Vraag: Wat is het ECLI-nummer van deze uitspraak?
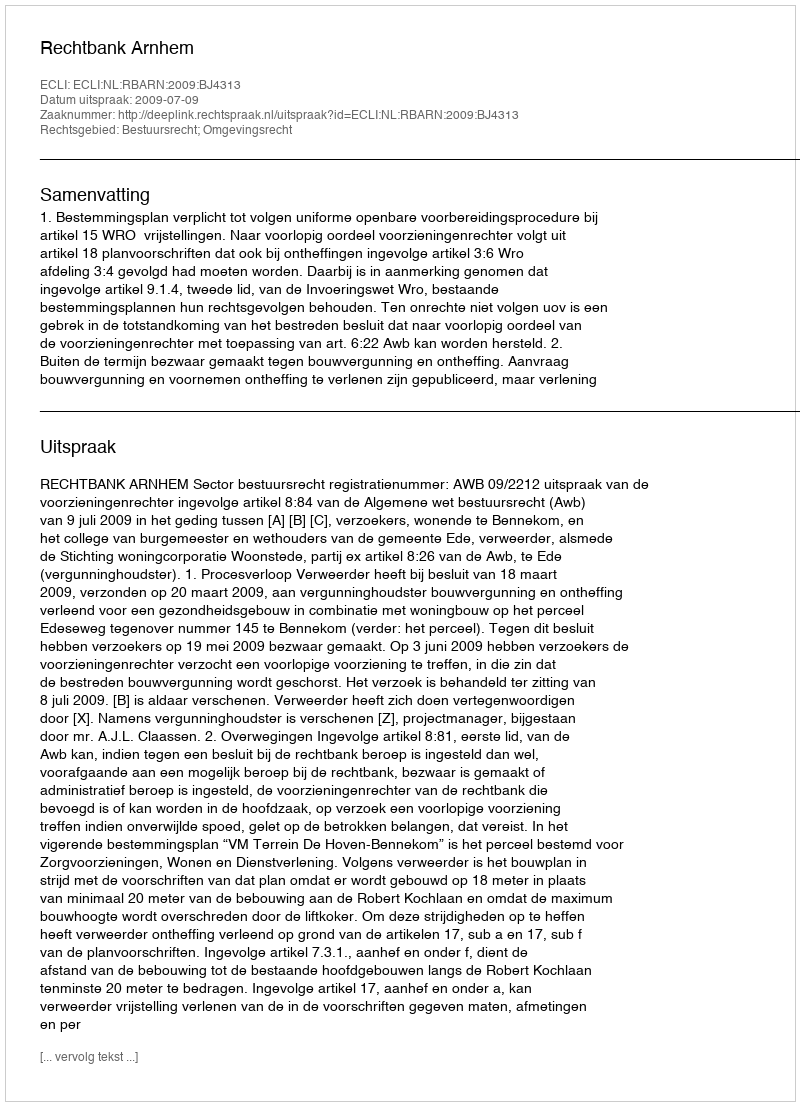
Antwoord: ECLI:NL:RBARN:2009:BJ4313